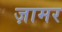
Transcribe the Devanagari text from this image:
ज़ामर